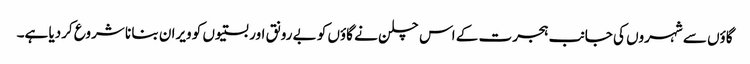
گاؤں سے شہروں کی جانب ہجرت کے اس چلن نے گاؤں کو بے رونق اور بستیوں کو ویران بنا نا شروع کردیا ہے۔